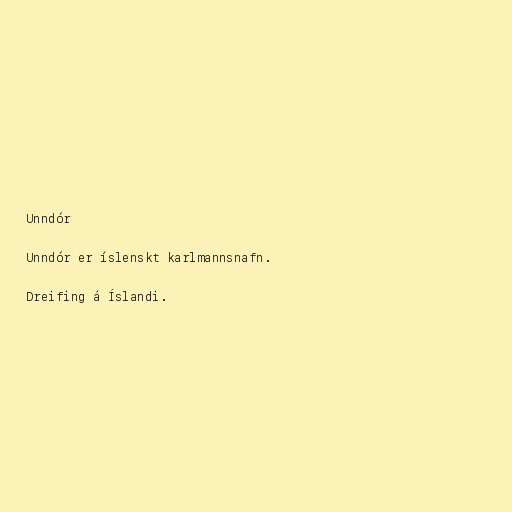
Unndór

Unndór er íslenskt karlmannsnafn.

Dreifing á Íslandi.